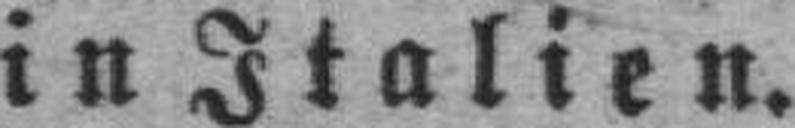
in Italien.